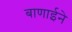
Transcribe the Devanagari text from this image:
बाणाईने